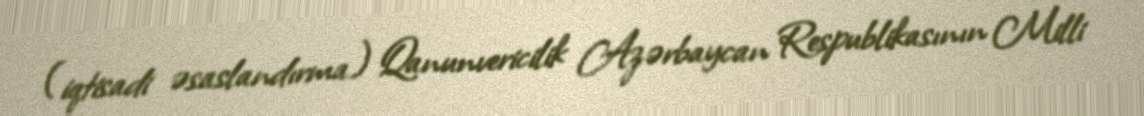
(iqtisadi əsaslandırma) Qanunvericilik Azərbaycan Respublikasının Milli